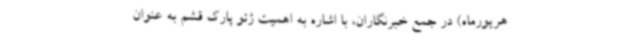
هریورماه) در جمع خبرنگاران، با اشاره به اهمیت ژئو پارک قشم به عنوان